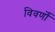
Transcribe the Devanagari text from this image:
विवर्णों